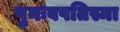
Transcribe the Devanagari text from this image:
पुनःबपतिस्मा